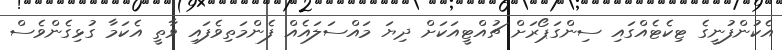
އެކުންފުނީގެ ޓިކެޓެއްގައި ސިންގަޕޯރަށް ޗުއްޓީއަކަށް ދިޔަ މައްސަލައެއް ފެންމަތިވެފައި ވާތީ އެކަމާ ގުޅިގެންވެސް